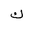
Letter: _kaf